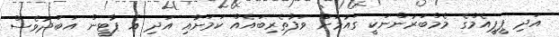
އަދި ޕީޕީއެމްގެ މެމްބަރުންނަކީ ގައުމަށް ވަފާތެރިބައެއް ކަމަށާއި އަދި އެ ޕާޓީން އަބަދުވެސް